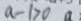
a - 1 > 0 a